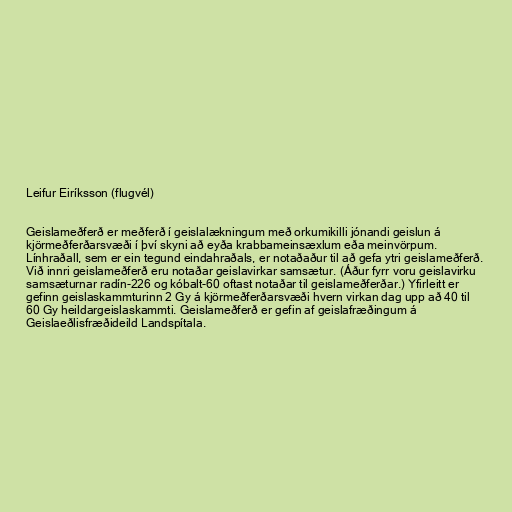
Leifur Eiríksson (flugvél)

Geislameðferð er meðferð í geislalækningum með orkumikilli jónandi geislun á
kjörmeðferðarsvæði í því skyni að eyða krabbameinsæxlum eða meinvörpum.
Línhraðall, sem er ein tegund eindahraðals, er notaðaður til að gefa ytri geislameðferð.
Við innri geislameðferð eru notaðar geislavirkar samsætur. (Áður fyrr voru geislavirku
samsæturnar radín-226 og kóbalt-60 oftast notaðar til geislameðferðar.) Yfirleitt er
gefinn geislaskammturinn 2 Gy á kjörmeðferðarsvæði hvern virkan dag upp að 40 til
60 Gy heildargeislaskammti. Geislameðferð er gefin af geislafræðingum á
Geislaeðlisfræðideild Landspítala.